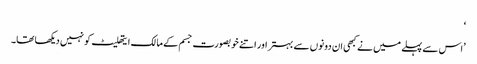
‘
’اس سے پہلے میں نے کبھی ان دونوں سے بہتر اور اتنے خوبصورت جسم کے مالک ایتھلیٹ کو نہیں دیکھا تھا۔